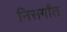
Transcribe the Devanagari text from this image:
निसर्गांत